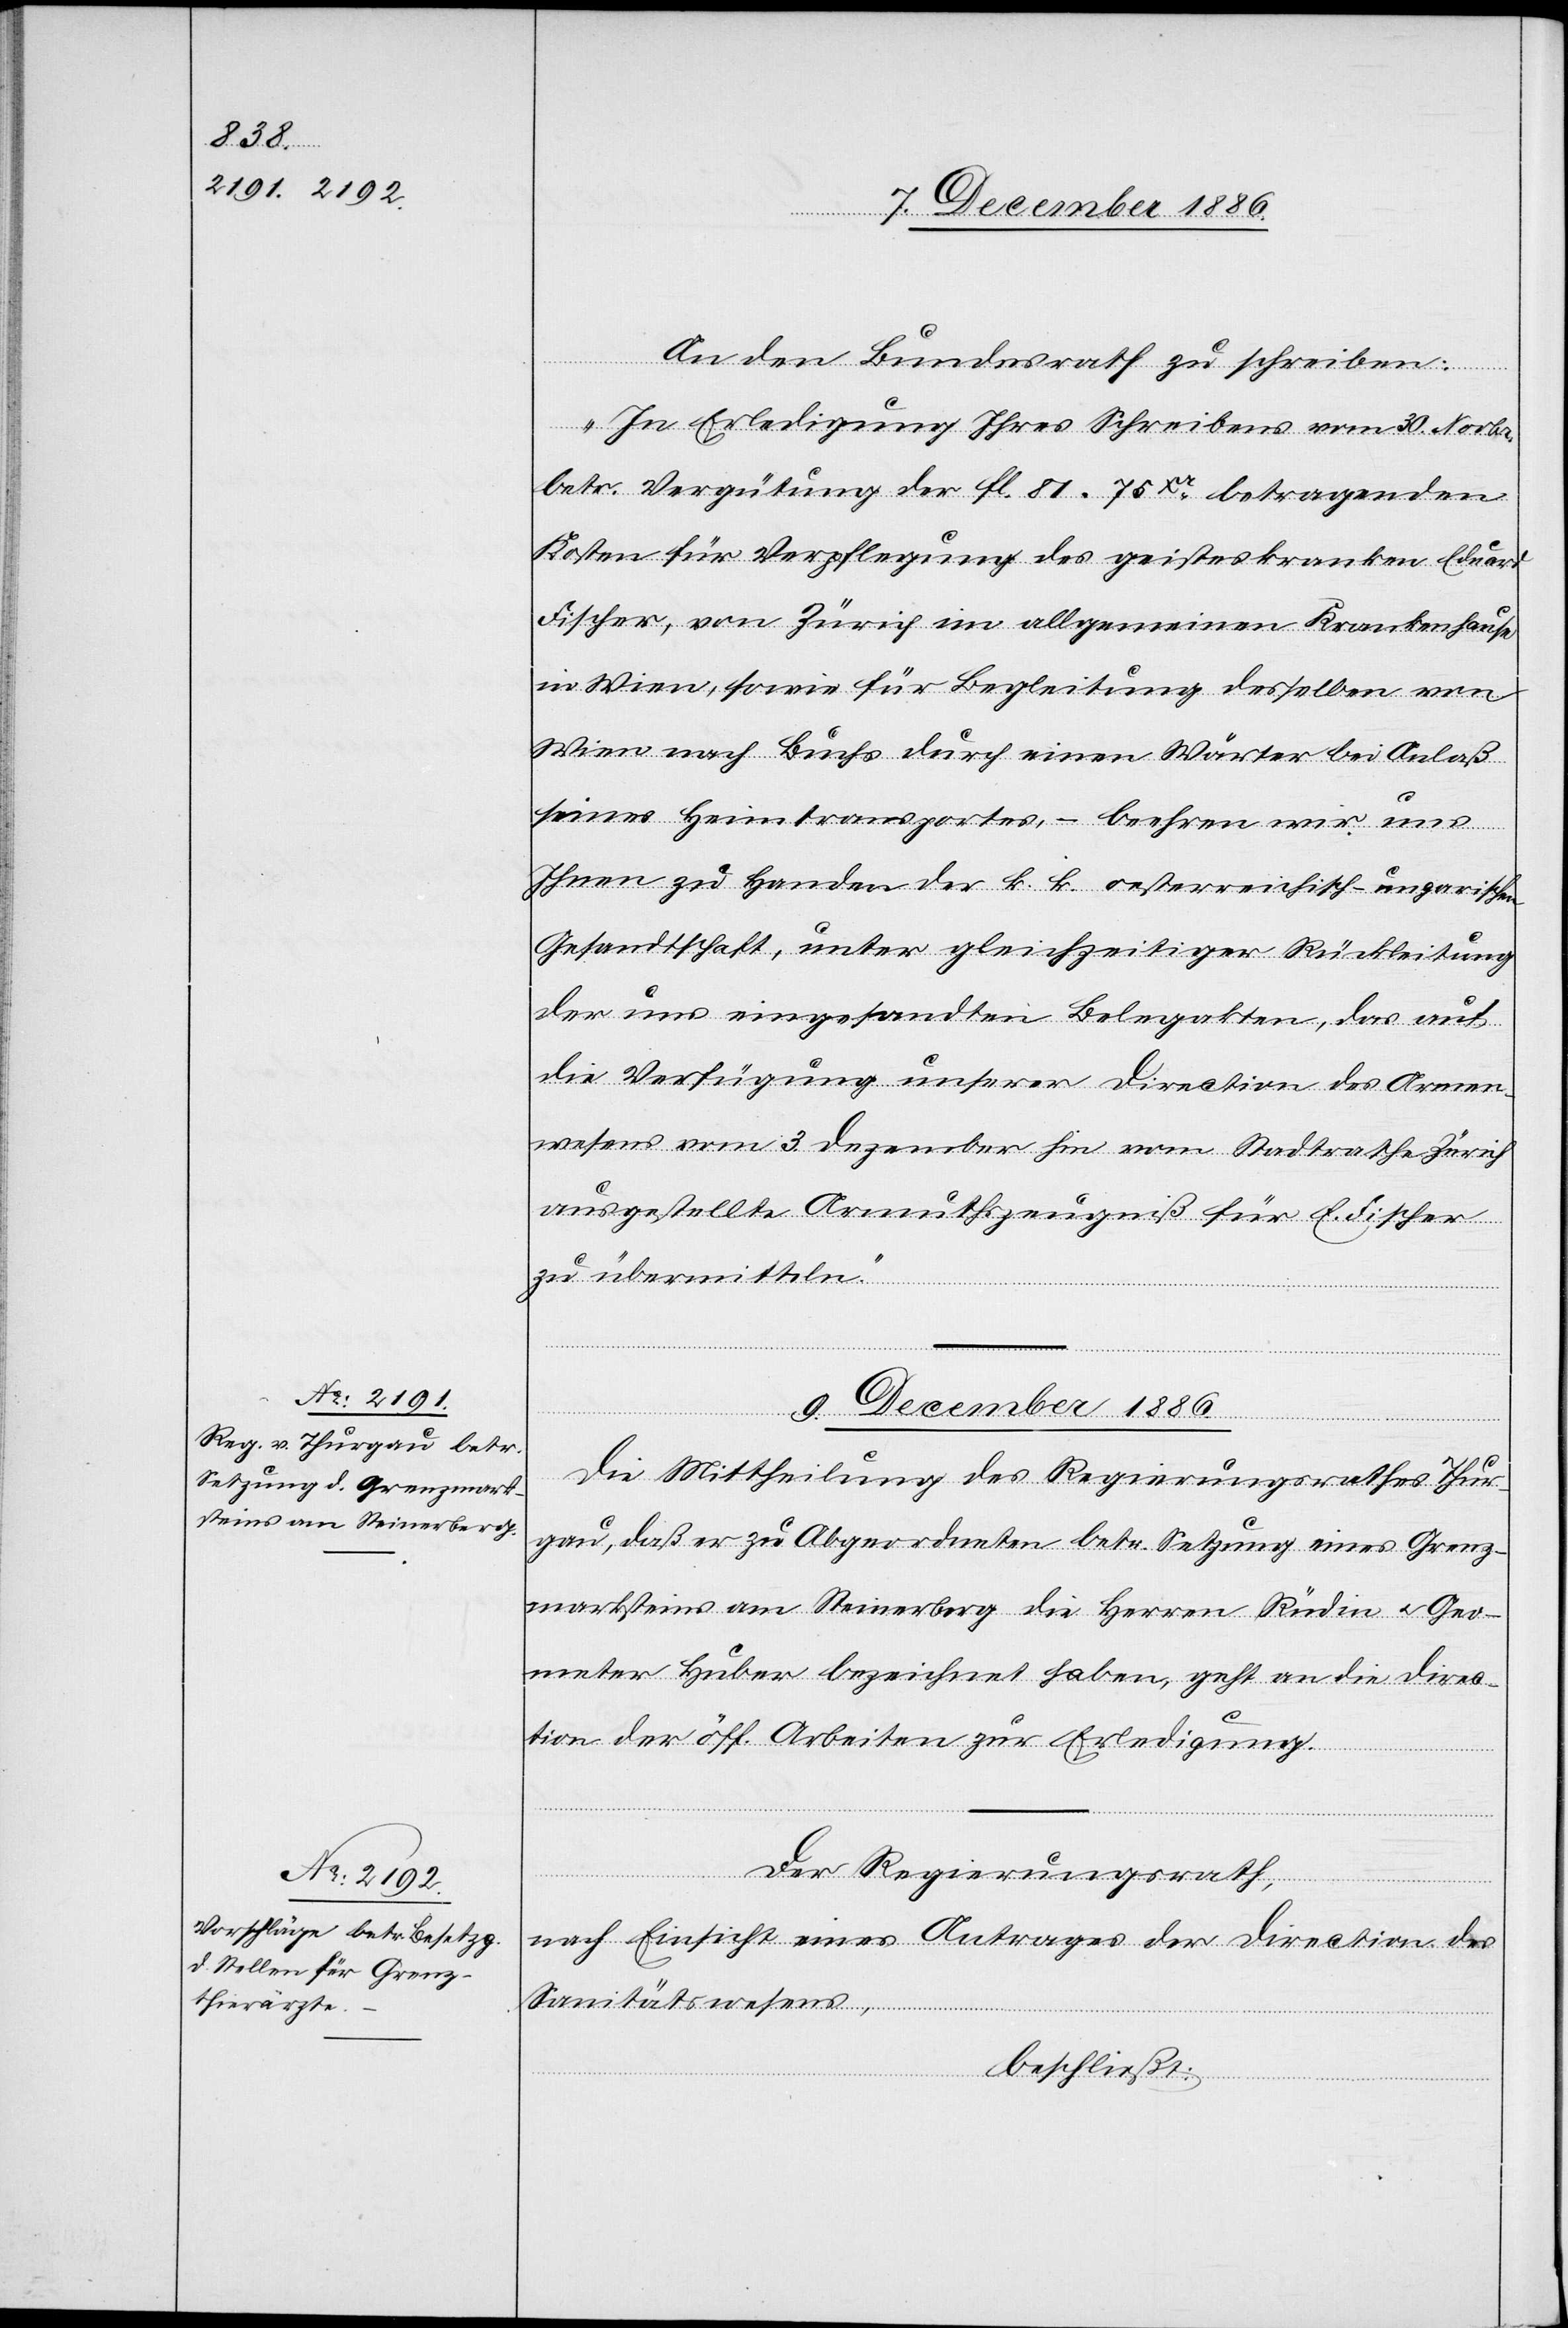
9. December 1886.]
Die Mittheilung des Regierungsrathes Thur¬
gau, daß er zu Abgeordneten betr. Setzung eines Grenz¬
marksteins am Steinerberg die Herren Rüdin & Geo¬
meter Huber bezeichnet haben [sic!], geht an die Direc¬
tion der öff. Arbeiten zur Erledigung.
Der Regierungsrath,
nach Einsicht eines Antrages der Direction des
Sanitätswesens,
beschließt: